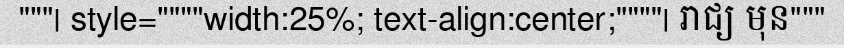
"""| style=""""width:25%; text-align:center;""""| រាជ្យ មុន"""